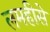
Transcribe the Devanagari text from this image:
लमहीसे